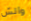
والش